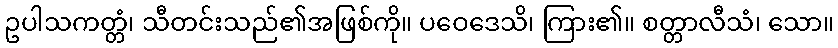
ဥပါသကတ္တံ၊ သီတင်းသည်၏အဖြစ်ကို။ ပဝေဒေသိ၊ ကြား၏။ စတ္တာလီသံ၊ သော။